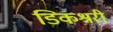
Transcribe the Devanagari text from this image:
डिकश्नरी